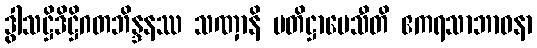
ဒွါသဋ္ဌိဒိဋ္ဌိဂတဘိန္ဒနဿ သဏှာနိ ပတိဋ္ဌာပေသီတိ ဧကရသာဘာဝနာ